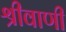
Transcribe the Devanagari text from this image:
श्रीवाणी